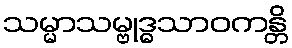
သမ္မာသမ္ဗုဒ္ဓသာဝကန္တိ